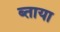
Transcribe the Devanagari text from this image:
ब्ताया